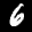
Label: 6